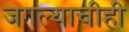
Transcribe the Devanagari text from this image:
जगल्याचीही